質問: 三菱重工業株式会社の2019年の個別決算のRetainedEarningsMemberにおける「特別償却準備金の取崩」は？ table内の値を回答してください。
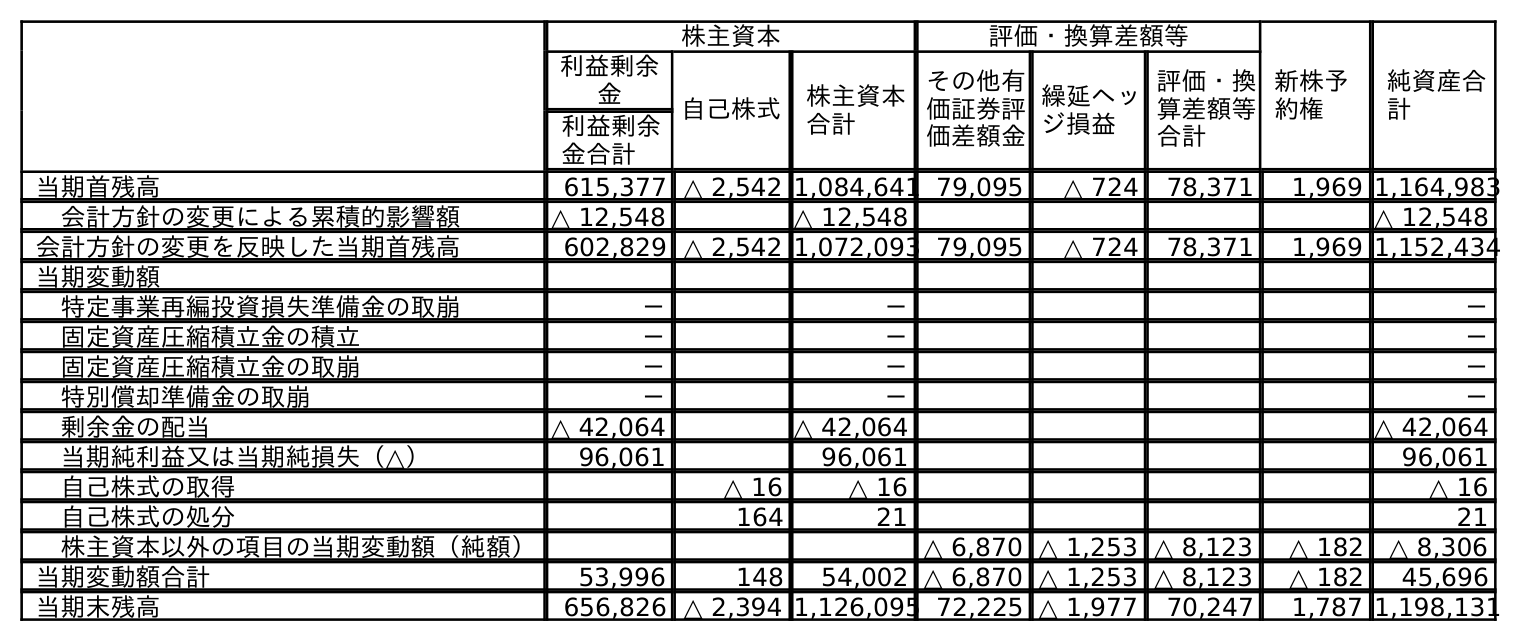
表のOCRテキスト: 株主資本 評価・換算差額等 新株予 約権 純資産合 計 利益剰余 金 自己株式 株主資本 合計 その他有 価証券評 価差額金 繰延ヘッ ジ損益 評価・換 算差額等 合計 利益剰余 金合計 当期首残高 615,377 △ 2,542 1,084,641 79,095 △ 724 78,371 1,969 1,164,983 会計方針の変更による累積的影響額 △ 12,548 △ 12,548 △ 12,548 会計方針の変更を反映した当期首残高 602,829 △ 2,542 1,072,093 79,095 △ 724 78,371 1,969 1,152,434 当期変動額 特定事業再編投資損失準備金の取崩 － － － 固定資産圧縮積立金の積立 － － － 固定資産圧縮積立金の取崩 － － － 特別償却準備金の取崩 － － － 剰余金の配当 △ 42,064 △ 42,064 △ 42,064 当期純利益又は当期純損失（△） 96,061 96,061 96,061 自己株式の取得 △ 16 △ 16 △ 16 自己株式の処分 164 21 21 株主資本以外の項目の当期変動額（純額） △ 6,870 △ 1,253 △ 8,123 △ 182 △ 8,306 当期変動額合計 53,996 148 54,002 △ 6,870 △ 1,253 △ 8,123 △ 182 45,696 当期末残高 656,826 △ 2,394 1,126,095 72,225 △ 1,977 70,247 1,787 1,198,131
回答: －